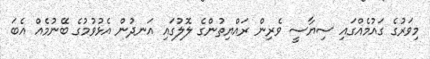
މިވަރުގެ ގައުމެއްގައި ސިޔާސީ ވެރިން ރައްޔިތުންގެ ލޮލުގައި އަނދުން އެޅުވުމުގެ ބޭނުމެއް އެބަ